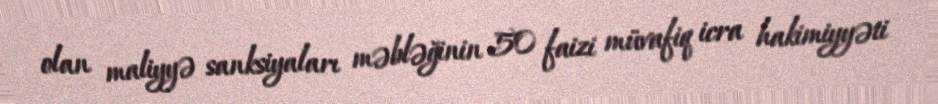
olan maliyyə sanksiyaları məbləğinin 50 faizi müvafiq icra hakimiyyəti